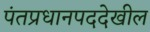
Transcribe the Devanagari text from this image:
पंतप्रधानपददेखील